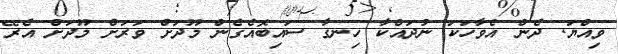
ވިއްޔަ